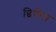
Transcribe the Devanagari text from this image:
छिगिस